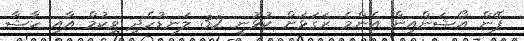
ޕޭން އޯޝަންއިން އެންމެ ރަގަޅަށް ކުޅުނީ 32 ލަނޑުހެދި ވިކުމް އާއި ހާޝާ